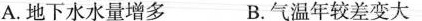
A.地下水水量增多 B.气温年较差变大